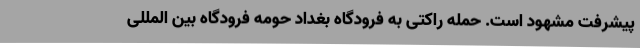
پیشرفت مشهود است. حمله راکتی به فرودگاه بغداد حومه فرودگاه بین المللی